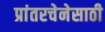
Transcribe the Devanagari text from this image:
प्रांतरचेनेसाठी